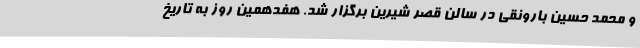
و محمد حسین بارونقی در سالن قصر شیرین برگزار شد. هفدهمین روز به تاریخ